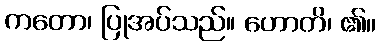
ကတော၊ ပြုအပ်သည်။ ဟောတိ၊ ၏။